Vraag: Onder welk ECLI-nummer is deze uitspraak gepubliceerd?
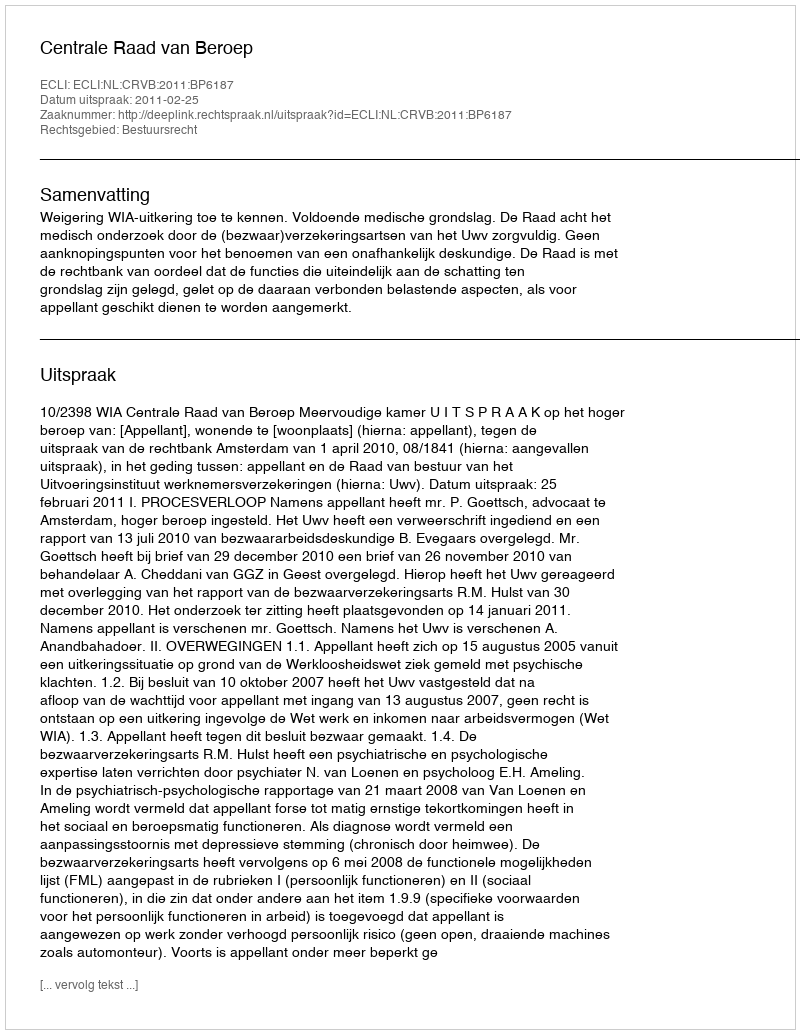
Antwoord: ECLI:NL:CRVB:2011:BP6187